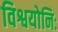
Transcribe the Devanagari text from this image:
विश्वयोनिः